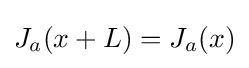
J_{a}(x+L)=J_{a}(x)